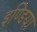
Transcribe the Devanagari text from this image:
इण्‍डिया